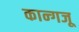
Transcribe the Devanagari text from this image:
कान्गजू